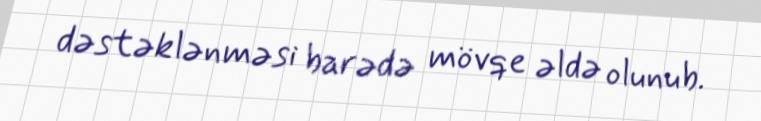
dəstəklənməsi barədə mövqe əldə olunub.